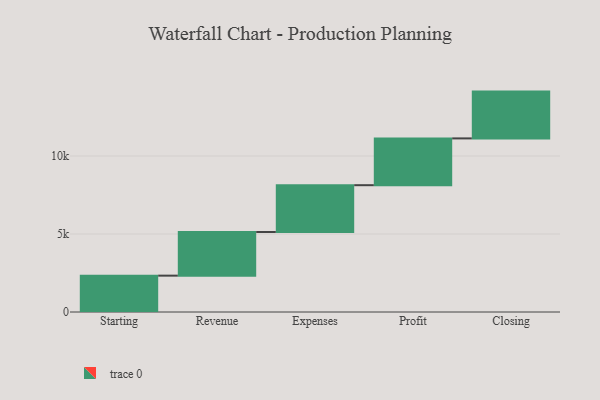
{"axis": {"x": "Step", "y": "Value"}, "legend": [""], "data": [{"x": "Starting", "y": 2330.0, "type": ""}, {"x": "Revenue", "y": 2799.0, "type": ""}, {"x": "Expenses", "y": 3000, "type": ""}, {"x": "Profit", "y": 3000, "type": ""}, {"x": "Closing", "y": 3000, "type": ""}]}